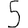
Digit: 5